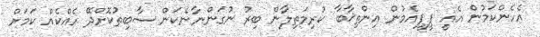
އެހެންކަމުން އެއީ ޕީޕީއެމުން އިންތިޚާބާ ކުރިމަތިލާން ބިރު ނުގަންނާނެކަން ސާބިތުކޮށްދޭ ހެއްކެއް ކަމަށް